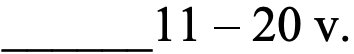
______11 – 20 v.